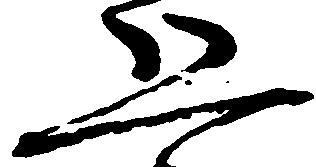
恐